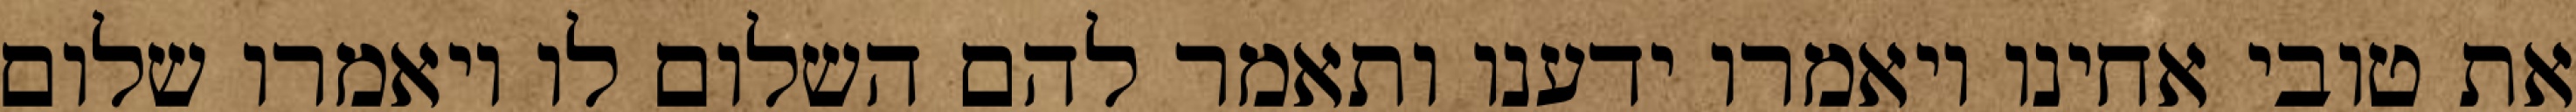
את טובי אחינו ויאמרו ידענו ותאמר להם השלום לו ויאמרו שלום